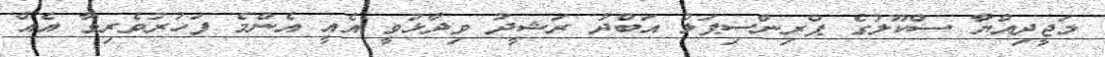
މަޖީދިއްޔާ ސްކޫލުގެ ޕްރިންސިޕަލް އަބްދު ރަޝީދު ވިދާޅުވީ އެއީ އެންމެ ފަހުރުވެރިވާ އެއް